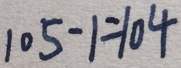
1 0 5 - 1 = 1 0 4